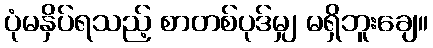
ပုံမနှိပ်ရသည့် စာတစ်ပုဒ်မျှ မရှိဘူးချေ။